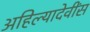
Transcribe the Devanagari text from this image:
अहिल्यादेवींस